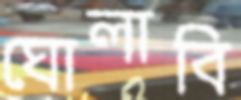
ঘোলাবি